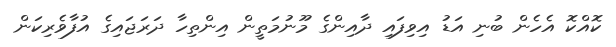
ކޮއްކޮ އެހެން ބުނި އަޑު އިވިފައި ދާއިންގެ މޫނުމަތީން އިންތިހާ ދަރަޖައިގެ އުފާވެރިކަން